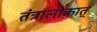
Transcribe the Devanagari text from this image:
तंत्रालोकात्